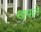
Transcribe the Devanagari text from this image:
खपले